Leaving Certificate Examination (including Day School Certificate (Higher) General paper), 1935
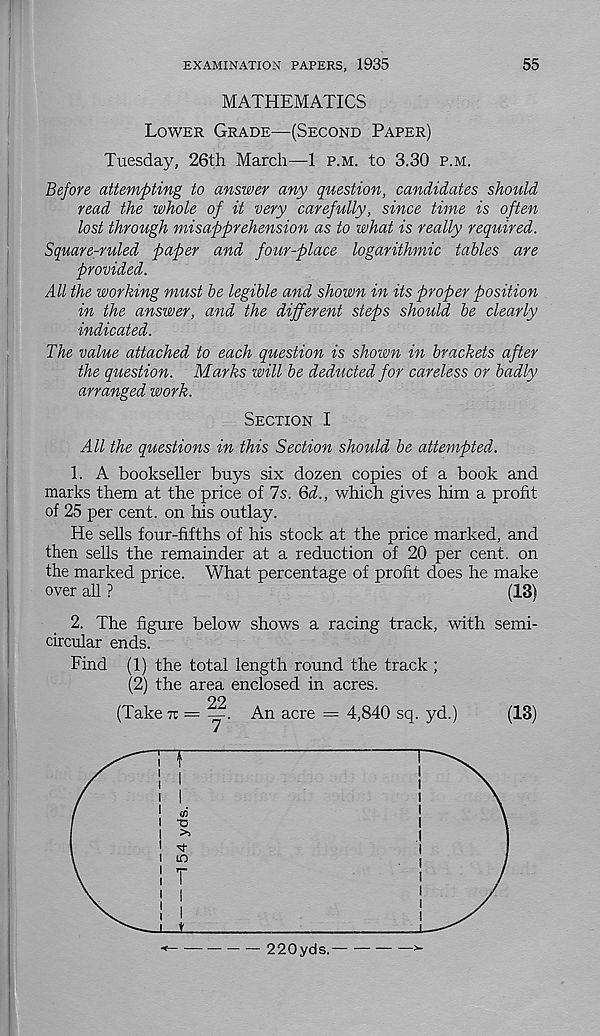
EXAMINATION PAPERS, 1935
55
MATHEMATICS
Lower Grade—(Second Paper)
Tuesday, 26th March—1 p.m. to 3.30 p.m.
Before attempting to answer any question, candidates should
read the whole of it very carefully, since time is often
lost through misapprehension as to what is really required.
Square-ruled paper and four-place logarithmic tables are
provided.
All the working must be legible and shown in its proper position
in the answer, and the different steps should be clearly
indicated.
The value attached to each question is shown in brackets after
the question. Marks will be deducted for careless or badly
arranged work.
Section I
All the questions in this Section should be attempted.
1. A bookseller buys six dozen copies of a book and
marks them at the price of Is. 6d., which gives him a profit
of 25 per cent, on his outlay.
He sells four-fifths of his stock at the price marked, and
then sells the remainder at a reduction of 20 per cent, on
the marked price. What percentage of profit does he make
over all ?
(13)
2. The figure below shows a racing track, with semi-
circular ends.
Find (1) the total length round the track ;
(2) the area enclosed in acres.
(Take tt =
An acre = 4,840 sq. yd.)
(13)